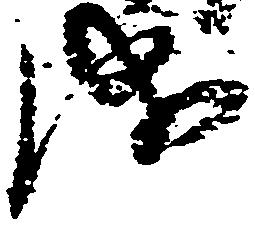
成